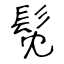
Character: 髧